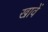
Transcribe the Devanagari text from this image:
खावें